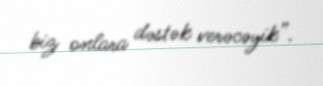
biz onlara dəstək verəcəyik”.